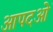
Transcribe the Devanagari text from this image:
आपदओं